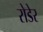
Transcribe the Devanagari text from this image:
रोडेर